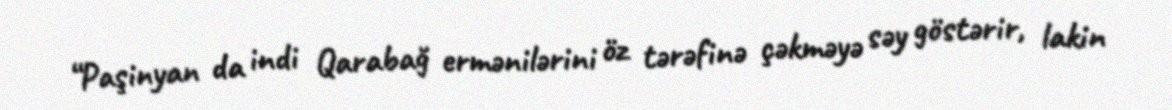
“Paşinyan da indi Qarabağ ermənilərini öz tərəfinə çəkməyə səy göstərir, lakin